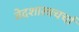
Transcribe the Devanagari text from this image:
वेदशास्त्रचर्चा